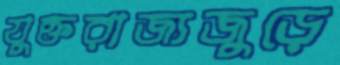
যুক্তরাজ্যজুড়ে